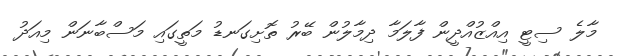
މާލެ ސިޓީ އިއްޒުއްދީން ފާލަމާ ދިމާލުން ބޭރު ތޮށިގަނޑު މަތީގައި މަސްބާނަން މިއަދު